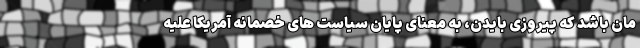
مان باشد که پیروزی بایدن، به معنای پایان سیاست های خصمانه آمریکا علیه